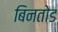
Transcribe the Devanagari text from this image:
बिनतोड